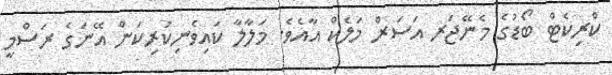
ކްރިކެޓް ބޯޑުގެ މެނޭޖަރ އަސަރް މަލެކް އާއެވެ. މަލާލާ ކައިވެނިކުރިކަން އޭނަގެ ރަސްމީ